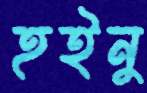
হইনু